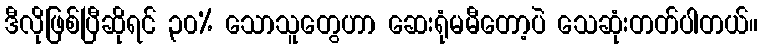
ဒီလိုဖြစ်ပြီဆိုရင် ၃၀% သောသူတွေဟာ ဆေးရုံမမီတော့ပဲ သေဆုံးတတ်ပါတယ်။